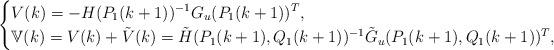
LaTeX: \begin{align*}\begin{cases} V(k)=\lefteqn{-H(P_{1}(k+1))^{-1}G_{u}(P_{1}(k+1))^{T},}\\\mathbb{V}(k)=V(k)+\tilde{V}(k)=\tilde{H}(P_{1}(k+1),Q_{1}(k+1))^{-1}\tilde{G}_{u}(P_{1}(k+1),Q_{1}(k+1))^{T}, \end{cases}\end{align*}